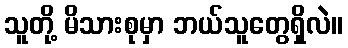
သူတို့ မိသားစုမှာ ဘယ်သူတွေရှိလဲ။